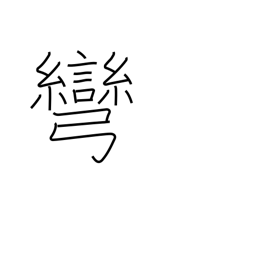
Meaning: stretching a bow